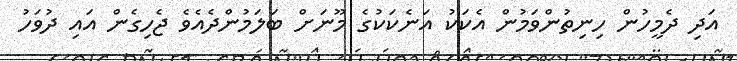
އަދި ދެމީހުން ހިނިތުންވަމުން އެކަކު އަނެކަކުގެ މޫނަށް ބަލަމުންދެއެވެ ޖެހިގެން އައި ދުވަހު